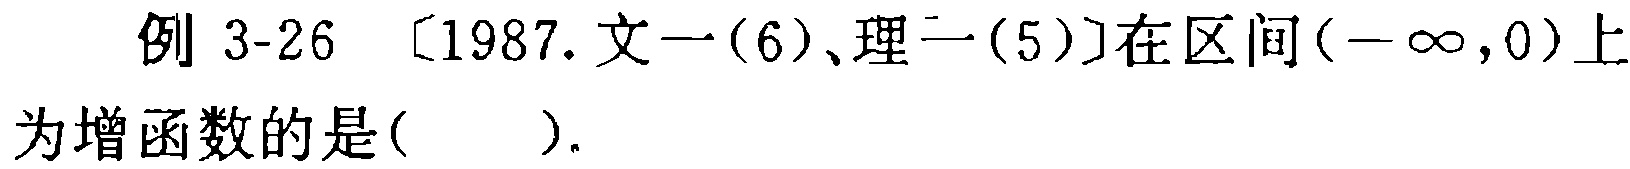
例 3-26 〔1987.文一(6)、理一(5)〕在区间\((-\infty,0)\)上为增函数的是( ).